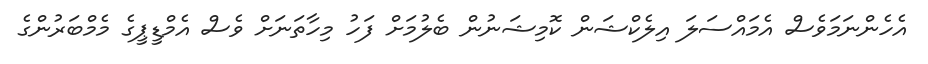
އެހެންނަމަވެސް އެމައްސަލަ އިލެކްޝަން ކޮމިޝަނުން ބެލުމަށް ފަހު މިހާތަނަށް ވެސް އެމްޑީޕީގެ މެމްބަރުންގެ